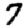
Digit: 7